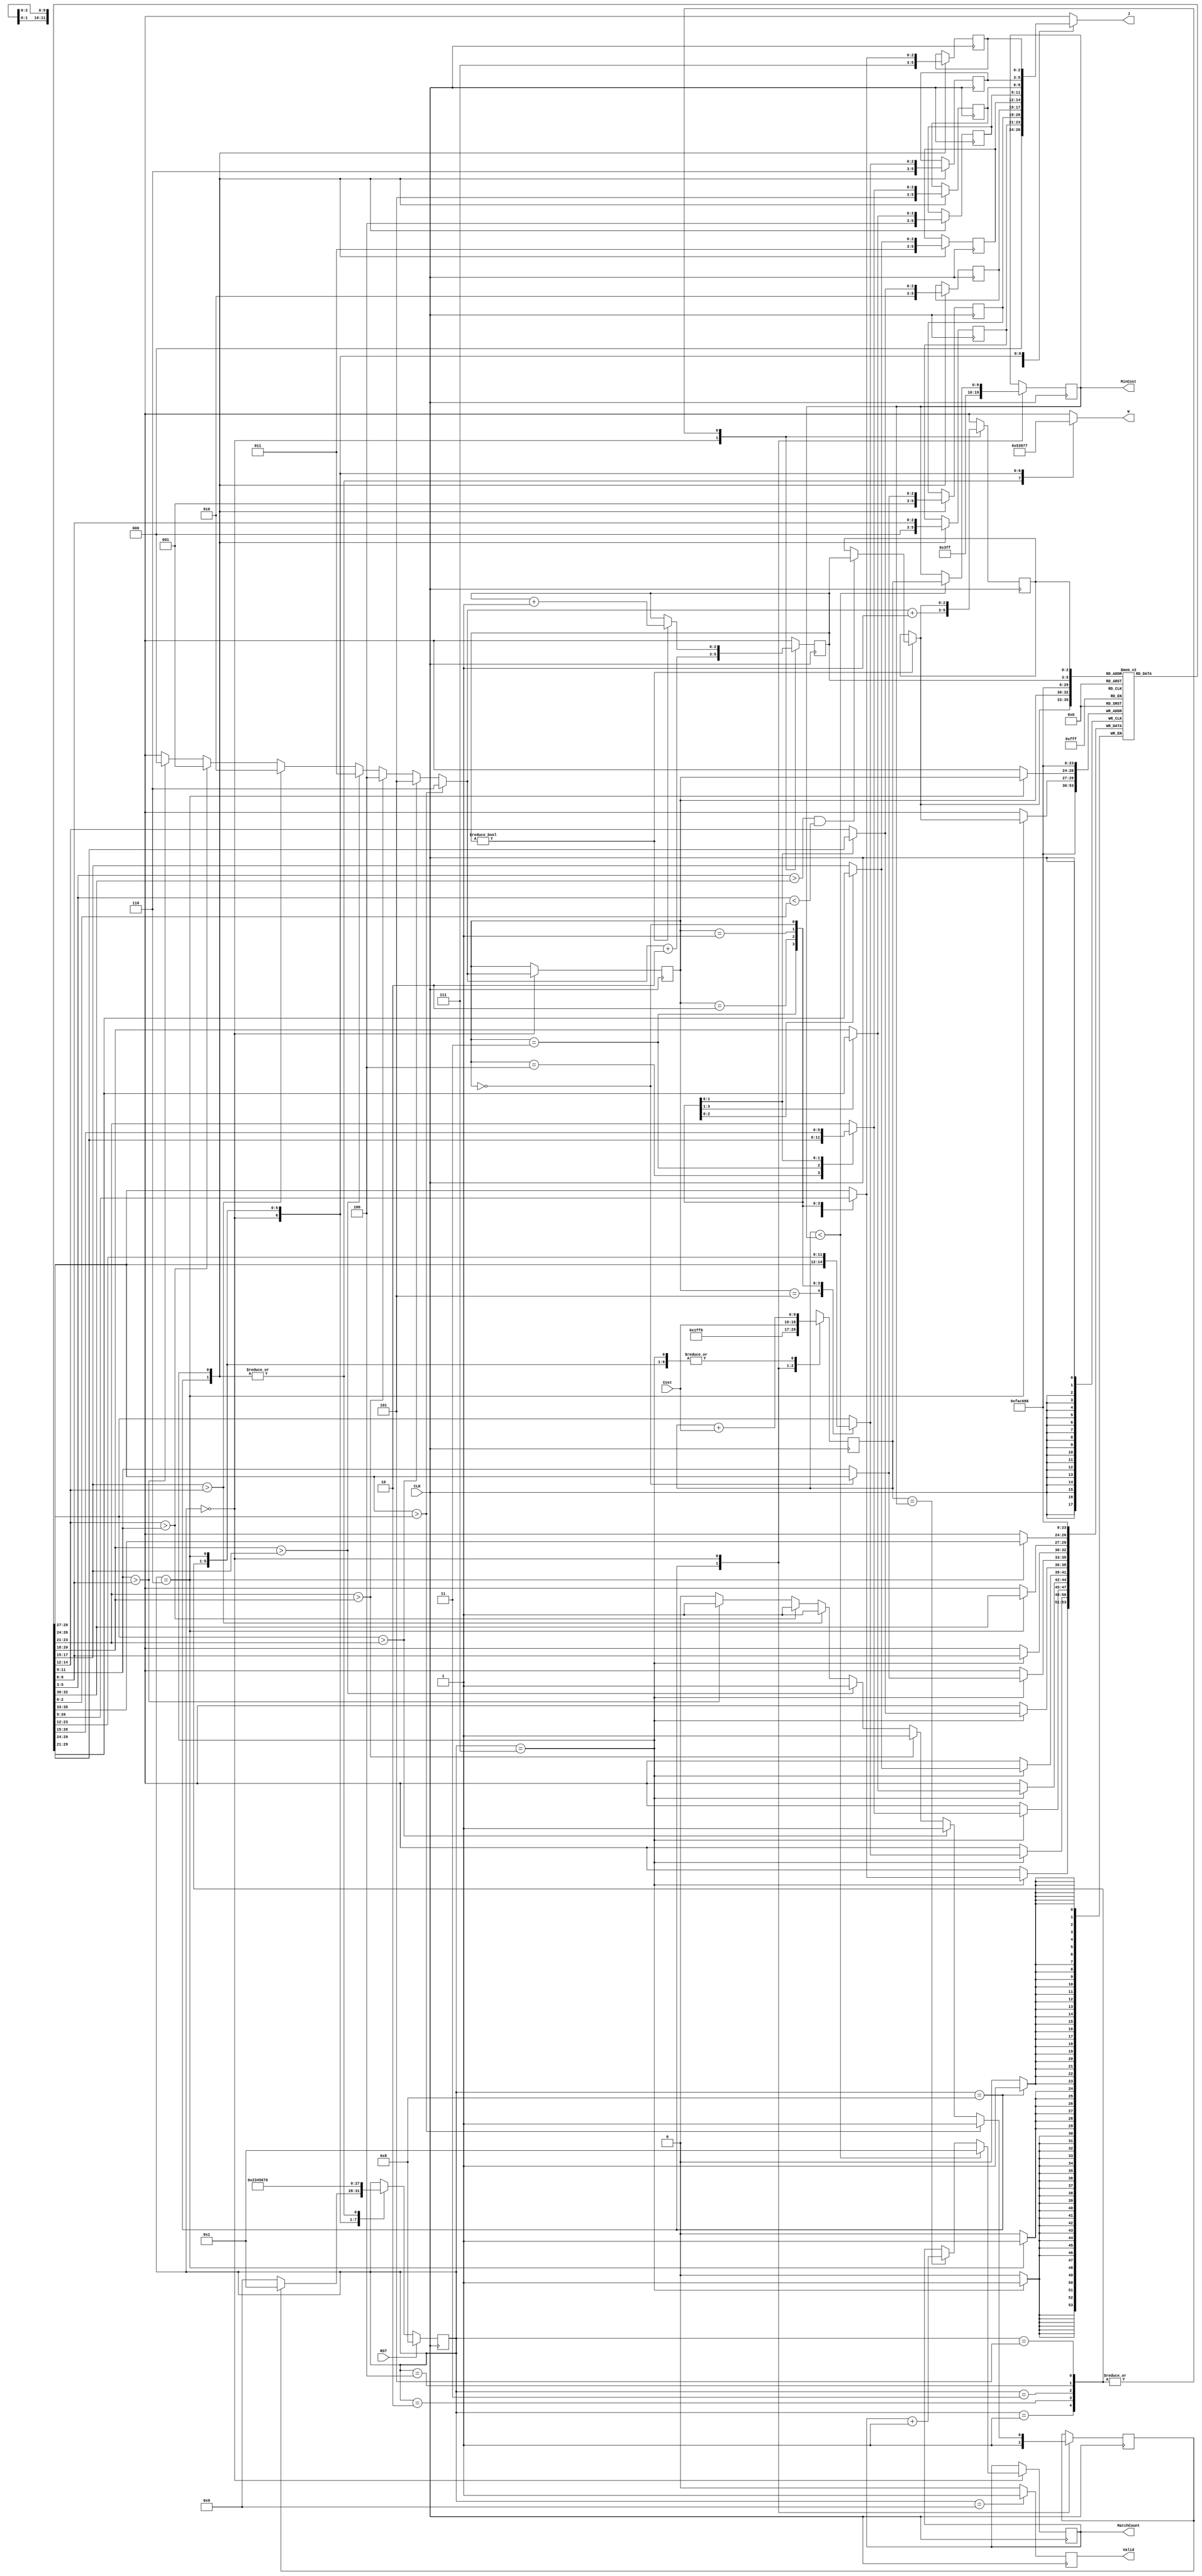
module JAM (
input CLK,
input RST,
output reg [2:0] W,
output reg [2:0] J,
input [6:0] Cost,
output reg [3:0] MatchCount,
output reg [9:0] MinCost,
output reg Valid );
/* my design */
reg [3:0] state, nxt_state;
localparam Idle		= 4'd8;
localparam S0		= 4'd0;
localparam S1		= 4'd1;
localparam S2		= 4'd2;
localparam S3		= 4'd3;
localparam S4		= 4'd4;
localparam S5		= 4'd5;
localparam S6		= 4'd6;
localparam S7		= 4'd7;
localparam Finish	= 4'd9;

reg [2:0] p [0:7], next_p [0:7];

reg [2:0] _i, i;
reg _i_ok, i_ok;
always @(*) begin
	_i <= 3'dx;
	_i_ok <= 1'b1;
	if (next_p[7] > next_p[6]) _i <= 3'd6;
	else if (next_p[6] > next_p[5]) _i <= 3'd5;
	else if (next_p[5] > next_p[4]) _i <= 3'd4;
	else if (next_p[4] > next_p[3]) _i <= 3'd3;
	else if (next_p[3] > next_p[2]) _i <= 3'd2;
	else if (next_p[2] > next_p[1]) _i <= 3'd1;
	else if (next_p[1] > next_p[0]) _i <= 3'd0;
	else _i_ok <= 1'b0;
end

reg [2:0] j, k, j_next, k_next;
always @(*) begin
	j_next <= j;
	k_next <= k;
	if (k) begin
		if (next_p[k] > next_p[i] && next_p[k] < next_p[j]) j_next <= k;
		k_next <= k + 3'd1;
	end
end

reg [2:0] next_p_reversed [0:7];
always @(*) begin
	next_p_reversed[0] <= next_p[0];
	next_p_reversed[1] <= next_p[1];
	next_p_reversed[2] <= next_p[2];
	next_p_reversed[3] <= next_p[3];
	next_p_reversed[4] <= next_p[4];
	next_p_reversed[5] <= next_p[5];
	next_p_reversed[6] <= next_p[6];
	next_p_reversed[7] <= next_p[7];
	case (i)
		3'd5 : begin
			next_p_reversed[6] <= next_p[7];
			next_p_reversed[7] <= next_p[6];
		end
		3'd4 : begin
			next_p_reversed[5] <= next_p[7];
			next_p_reversed[7] <= next_p[5];
		end
		3'd3 : begin
			next_p_reversed[4] <= next_p[7];
			next_p_reversed[7] <= next_p[4];
			next_p_reversed[5] <= next_p[6];
			next_p_reversed[6] <= next_p[5];
		end
		3'd2 : begin
			next_p_reversed[3] <= next_p[7];
			next_p_reversed[7] <= next_p[3];
			next_p_reversed[4] <= next_p[6];
			next_p_reversed[6] <= next_p[4];
		end
		3'd1 : begin
			next_p_reversed[2] <= next_p[7];
			next_p_reversed[7] <= next_p[2];
			next_p_reversed[3] <= next_p[6];
			next_p_reversed[6] <= next_p[3];
			next_p_reversed[4] <= next_p[5];
			next_p_reversed[5] <= next_p[4];
		end
		3'd0 : begin
			next_p_reversed[1] <= next_p[7];
			next_p_reversed[7] <= next_p[1];
			next_p_reversed[2] <= next_p[6];
			next_p_reversed[6] <= next_p[2];
			next_p_reversed[3] <= next_p[5];
			next_p_reversed[5] <= next_p[3];
		end
	endcase
end

reg [9:0] sum;
wire [9:0] sum_a_Cost = sum + Cost;

always @(*) begin // next state logic
	nxt_state <= state;
	case (state)
		Idle : nxt_state <= S0;
		S0 :
			if (i_ok) nxt_state <= S1;
			else nxt_state <= Finish;
		S1 : nxt_state <= S2;
		S2 : nxt_state <= S3;
		S3 : nxt_state <= S4;
		S4 : nxt_state <= S5;
		S5 : nxt_state <= S6;
		S6 : nxt_state <= S7;
		S7 : nxt_state <= S0;
	endcase
end

always @(posedge CLK/* or posedge RST*/) begin // FSM
	if (RST) state <= Idle;
	else state <= nxt_state;
end

always @(*) begin
	W <= 3'dx;
	case (state)
		Idle, S7 : W <= 3'd0;
		S0 : W <= 3'd1;
		S1 : W <= 3'd2;
		S2 : W <= 3'd3;
		S3 : W <= 3'd4;
		S4 : W <= 3'd5;
		S5 : W <= 3'd6;
		S6 : W <= 3'd7;
	endcase
	J <= 3'dx;
	case (state)
		Idle : J <= 3'd0;
		S7 : J <= p[0];
		S0 : J <= p[1];
		S1 : J <= p[2];
		S2 : J <= p[3];
		S3 : J <= p[4];
		S4 : J <= p[5];
		S5 : J <= p[6];
		S6 : J <= p[7];
	endcase
end

always @(posedge CLK) begin // stage 1 (next permutation)
	/* tricky */
	j <= 3'dx;
	k <= 3'dx;
	case (state)
		Idle : begin
			p[0] <= 3'd0;
			p[1] <= 3'd1;
			p[2] <= 3'd2;
			p[3] <= 3'd3;
			p[4] <= 3'd4;
			p[5] <= 3'd5;
			p[6] <= 3'd6;
			p[7] <= 3'd7;
			next_p[0] <= 3'd0;
			next_p[1] <= 3'd1;
			next_p[2] <= 3'd2;
			next_p[3] <= 3'd3;
			next_p[4] <= 3'd4;
			next_p[5] <= 3'd5;
			next_p[6] <= 3'd6;
			next_p[7] <= 3'd7;
			i_ok <= 1'b1;
		end
		S0 : begin
			i <= _i;
			i_ok <= _i_ok;
			j <= _i + 3'd1;
			k <= _i + 3'd2;
		end
		S1 : begin
			j <= j_next;
			k <= k_next;
		end
		S2 : begin
			j <= j_next;
			k <= k_next;
		end
		S3 : begin
			j <= j_next;
			k <= k_next;
		end
		S4 : begin
			j <= j_next;
			k <= k_next;
		end
		S5 : begin
			j <= j_next;
			k <= k_next;
		end
		S6 : begin
			next_p[i] <= next_p[j_next];
			next_p[j_next] <= next_p[i];
		end
		S7 : begin
			next_p[0] <= next_p_reversed[0];
			next_p[1] <= next_p_reversed[1];
			next_p[2] <= next_p_reversed[2];
			next_p[3] <= next_p_reversed[3];
			next_p[4] <= next_p_reversed[4];
			next_p[5] <= next_p_reversed[5];
			next_p[6] <= next_p_reversed[6];
			next_p[7] <= next_p_reversed[7];
			p[0] <= next_p_reversed[0];
			p[1] <= next_p_reversed[1];
			p[2] <= next_p_reversed[2];
			p[3] <= next_p_reversed[3];
			p[4] <= next_p_reversed[4];
			p[5] <= next_p_reversed[5];
			p[6] <= next_p_reversed[6];
			p[7] <= next_p_reversed[7];
		end
	endcase
end

always @(posedge CLK) begin // stage 2 (Calculation)
	Valid <= 1'b0;
	/* tricky */
	sum <= 10'hx;
	case (state)
		Idle : begin
			MinCost <= 10'h3FF;
			sum <= 10'h3FF;
		end
		S0 : begin
			if (sum < MinCost) begin
				MinCost <= sum;
				MatchCount <= 4'd1;
			end
			else if (sum == MinCost) MatchCount <= MatchCount + 4'd1;
			sum <= Cost;
		end
		S1 : begin
			sum <= sum_a_Cost;
		end
		S2 : begin
			sum <= sum_a_Cost;
		end
		S3 : begin
			sum <= sum_a_Cost;
		end
		S4 : begin
			sum <= sum_a_Cost;
		end
		S5 : begin
			sum <= sum_a_Cost;
		end
		S6 : begin
			sum <= sum_a_Cost;
		end
		S7 : begin
			sum <= sum_a_Cost;
		end
		Finish : begin
			Valid <= 1'b1;
		end
	endcase
end

endmodule